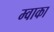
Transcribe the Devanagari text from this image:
म्वाका